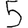
Digit: 5